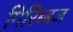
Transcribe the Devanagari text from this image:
गिरिब्बज